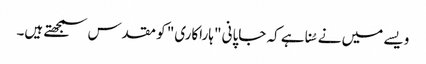
ویسے میں نے سُنا ہے کہ جاپانی "ہاراکاری" کو مقدس سمجھتے ہیں۔